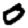
Digit: 0